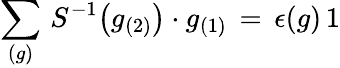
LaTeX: \sum_{(g)}\, S^{-1}\big(g_{(2)}\big)\cdot g_{(1)}\, =\, \epsilon(g)\, 1